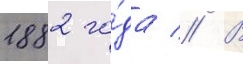
1882 го́да // В